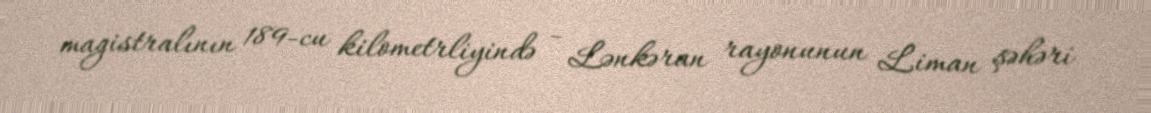
magistralının 189-cu kilometrliyində - Lənkəran rayonunun Liman şəhəri